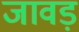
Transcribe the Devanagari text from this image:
जावड़